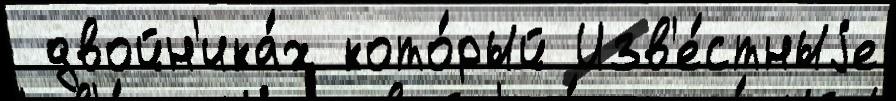
 двойн'ика́х кото́рый Изв'е́стныjе